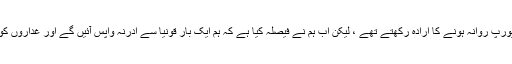
پہلے ہم قونیا سے سیدھا یورپ روانہ ہونے کا ارادہ رکھتے تھے ، لیکن اب ہم نے فیصلہ کیا ہے کہ ہم ایک بار قونیا سے ادرنہ واپس آئیں گے اور غداروں کو عبرت ناک سزادیں گے۔